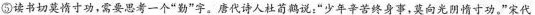
⑤读书切莫惰寸功，需要思考一个”勤”字。唐代诗人杜荀鹤说：”少年辛苦终身事，莫向光阴惰寸功。”宋代